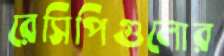
রেসিপিগুলোর